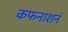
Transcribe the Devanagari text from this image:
कफनाशनं